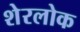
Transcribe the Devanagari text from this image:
शेरलोक